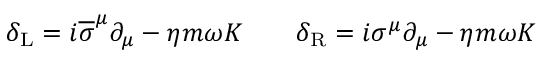
\delta _ { \mathrm { { L } } } = i { \overline { { \sigma } } } ^ { \mu } \partial _ { \mu } - \eta m \omega K \qquad \delta _ { \mathrm { { R } } } = i \sigma ^ { \mu } \partial _ { \mu } - \eta m \omega K